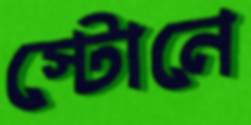
স্টোনে